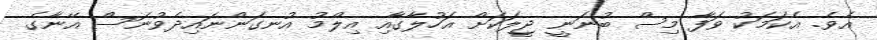
އެވެ. އެކަމަކު ވަފާ މިސް ބުނަނީ ޖީލަކަށް އަހުލާގާއި އިލްމު އުނގަންނައިދެވުނަސް އޭނާގެ